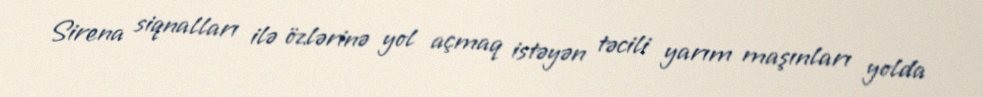
Sirena siqnalları ilə özlərinə yol açmaq istəyən təcili yarım maşınları yolda